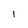
Character: l